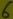
Text: 6